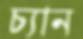
চ্যান